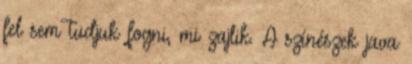
fel sem tudjuk fogni, mi zajlik. A színészek java